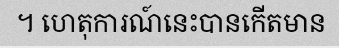
។ ហេតុការណ៍នេះបានកើតមាន